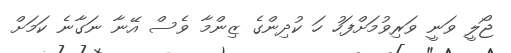
ޖޯލީ ވަނީ ވަރިވުމަށްފަހު ހަ ކުދިންގެ ޒިންމާ ވެސް އޭނާ ނަގާނެ ކަމަށް